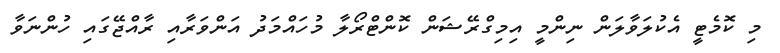
މި ކޮމެޓީ އެކުލަވާލަން ނިންމީ އިމިގްރޭޝަން ކޮންޓްރޯލާ މުހައްމަދު އަންވަރާއި ރާއްޖޭގައި ހުންނަވާ